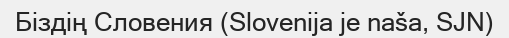
Біздің Словения (Slovenija je naša, SJN)